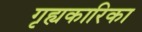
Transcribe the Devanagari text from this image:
गृह्यकारिका